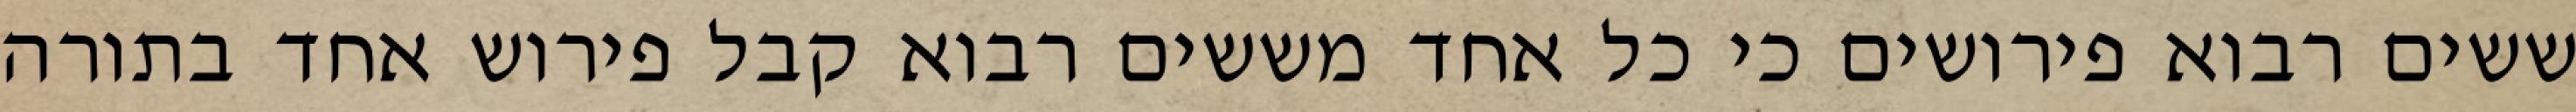
ששים רבוא פירושים כי כל אחד מששים רבוא קבל פירוש אחד בתורה